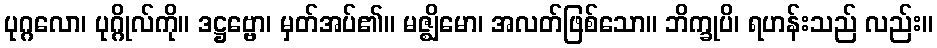
ပုဂ္ဂလော၊ ပုဂ္ဂိုလ်ကို။ ဒဋ္ဌဗ္ဗော၊ မှတ်အပ်၏။ မဇ္ဈိမော၊ အလတ်ဖြစ်သော။ ဘိက္ခုပိ၊ ရဟန်းသည် လည်း။